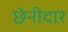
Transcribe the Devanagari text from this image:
छेनीदार